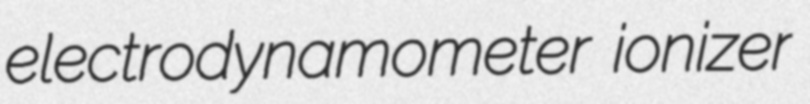
electrodynamometer ionizer